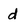
Character: d